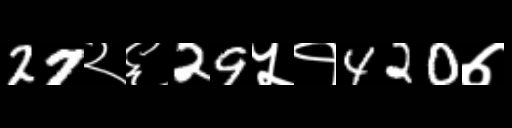
Text: 27२६29५१420७